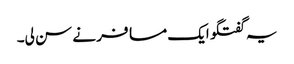
یہ گفتگو ایک مسافر نے سن لی۔